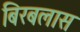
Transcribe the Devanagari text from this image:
बिरबलास